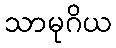
သာမုဂိယ